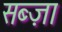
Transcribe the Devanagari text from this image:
सब्ज़ा